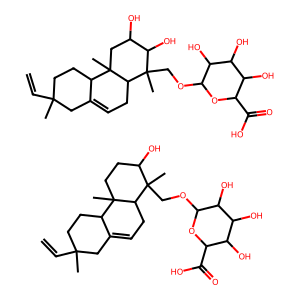
SMILES: C=CC1(C)CCC2C(=CCC3C(C)(COC4OC(C(=O)O)C(O)C(O)C4O)C(O)CCC23C)C1.C=CC1(C)CCC2C(=CCC3C2(C)CC(O)C(O)C3(C)COC2OC(C(=O)O)C(O)C(O)C2O)C1
Inhibits HIV replication: No